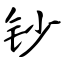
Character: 钞